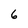
Character: 6